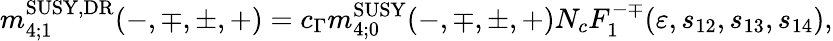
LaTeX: m_{4;1}^{\mathrm{SUSY,DR}}(-,\mp,\pm,+)=c_{\Gamma}m_{4;0}^{\mathrm{SUSY}}(-,\mp,\pm,+)N_{c}F_{1}^{-\mp}(\varepsilon,s_{12},s_{13},s_{14}),